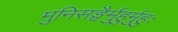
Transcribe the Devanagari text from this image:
मुनिसङ्घैर्मुहुर्मुहुः